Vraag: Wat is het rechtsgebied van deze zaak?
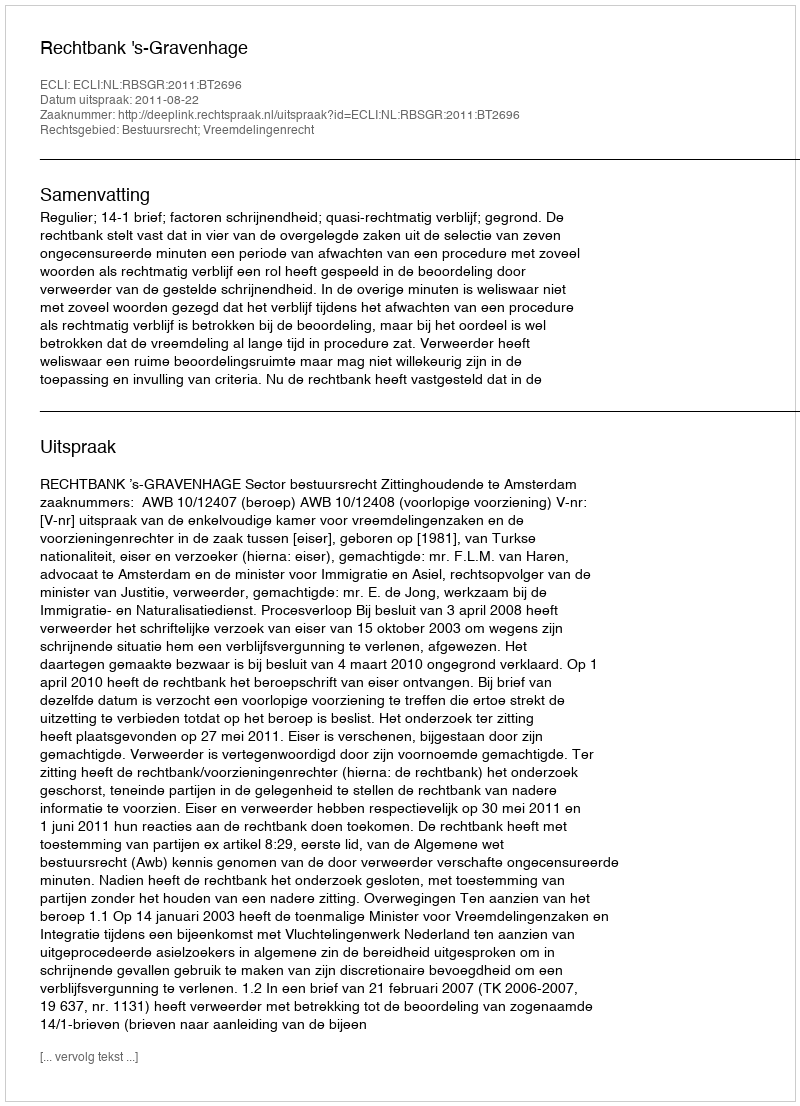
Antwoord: Bestuursrecht; Vreemdelingenrecht